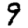
Digit: 9